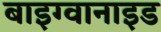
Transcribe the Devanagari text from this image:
बाइग्वानाइड